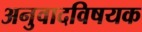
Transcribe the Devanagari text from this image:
अनुवादविषयक